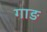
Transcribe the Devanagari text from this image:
गाङ